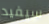
سيفيد